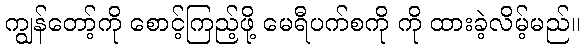
ကျွန်တော့်ကို စောင့်ကြည့်ဖို့ မေရီပက်စကို ကို ထားခဲ့လိမ့်မည်။